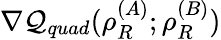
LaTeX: \nabla\mathcal{Q}_{quad}(\rho_{R}^{(A)};\rho_{R}^{(B)})